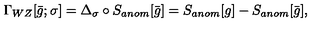
\Gamma _ { W Z } [ \bar { g } ; \sigma ] = \Delta _ { \sigma } \circ S _ { a n o m } [ \bar { g } ] = S _ { a n o m } [ g ] - S _ { a n o m } [ \bar { g } ] ,